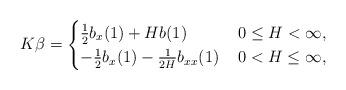
LaTeX: \begin{align*}K\beta = \begin{cases}\frac{1}{2}b_{x}(1)+Hb(1)&\, 0\leq H<\infty, \\ -\frac{1}{2}b_{x}(1)-\frac{1}{2H}b_{xx}(1)&\, 0<H\leq\infty,\end{cases}\end{align*}